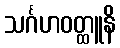
သင်္ဂဟဝတ္ထူနိ